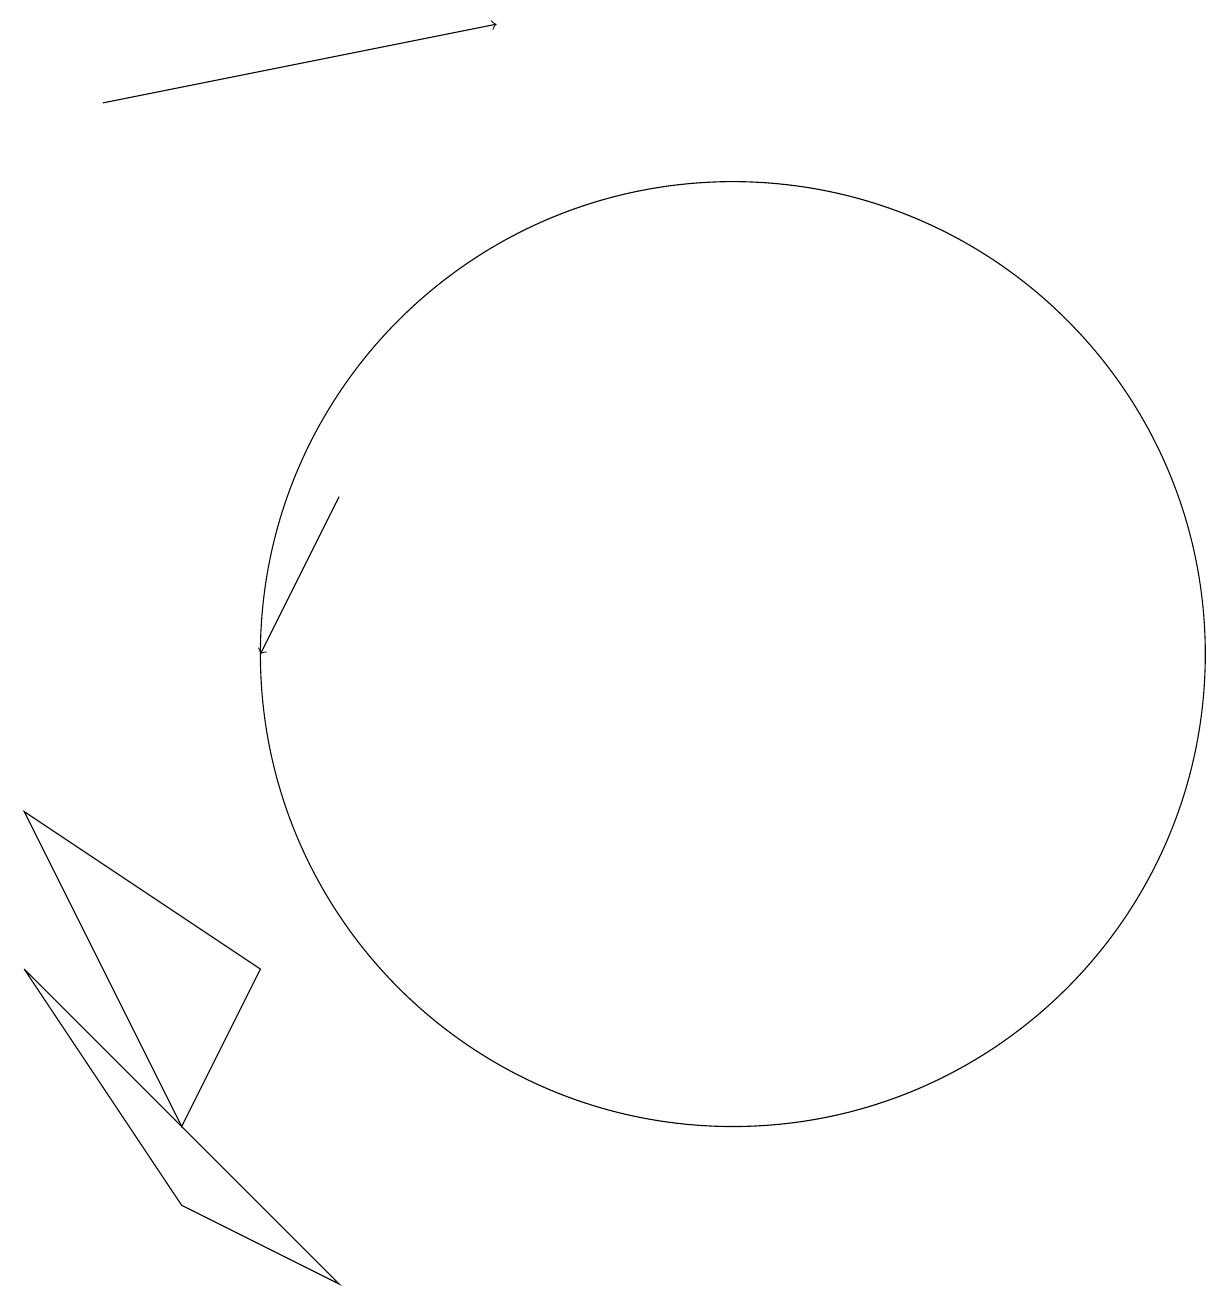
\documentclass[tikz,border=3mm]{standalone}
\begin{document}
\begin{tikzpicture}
\draw (11,11) circle (6);
\draw (4,4) -- (6,3) -- (2,7) -- cycle;
\draw (4,5) -- (5,7) -- (2,9) -- cycle;
\draw[->] (3,18) -- (8,19);
\draw[->] (6,13) -- (5,11);
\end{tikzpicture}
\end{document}